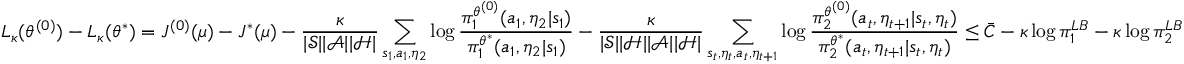
L _ { \kappa } ( \theta ^ { ( 0 ) } ) - L _ { \kappa } ( \theta ^ { * } ) = J ^ { ( 0 ) } ( \mu ) - J ^ { * } ( \mu ) - \frac { \kappa } { | \mathcal { S } | | \mathcal { A } | | \mathcal { H } | } \sum _ { s _ { 1 } , a _ { 1 } , \eta _ { 2 } } \log \frac { \pi _ { 1 } ^ { \theta ^ { ( 0 ) } } ( a _ { 1 } , \eta _ { 2 } | s _ { 1 } ) } { \pi _ { 1 } ^ { \theta ^ { * } } ( a _ { 1 } , \eta _ { 2 } | s _ { 1 } ) } - \frac { \kappa } { | \mathcal { S } | | \mathcal { H } | | \mathcal { A } | | \mathcal { H } | } \sum _ { s _ { t } , \eta _ { t } , a _ { t } , \eta _ { t + 1 } } \log \frac { \pi _ { 2 } ^ { \theta ^ { ( 0 ) } } ( a _ { t } , \eta _ { t + 1 } | s _ { t } , \eta _ { t } ) } { \pi _ { 2 } ^ { \theta ^ { * } } ( a _ { t } , \eta _ { t + 1 } | s _ { t } , \eta _ { t } ) } \le \bar { C } - \kappa \log \pi _ { 1 } ^ { L B } - \kappa \log \pi _ { 2 } ^ { L B }